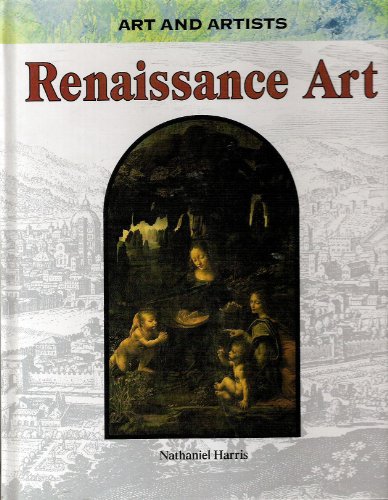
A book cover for Renaissance Art (Art and Artists); Nathaniel Harris; Children's Books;